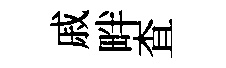
戚畔查